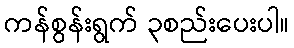
ကန်စွန်းရွက် ၃စည်းပေးပါ။